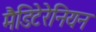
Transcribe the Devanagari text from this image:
मैडिटेरेनियन